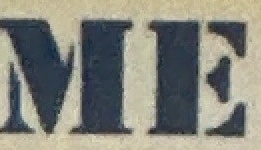
ME